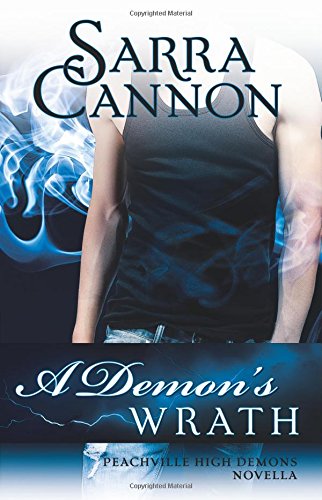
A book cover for A Demon's Wrath (Peachville High Demons) (Volume 7); Sarra Cannon; Science Fiction & Fantasy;